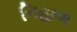
નિહાળ